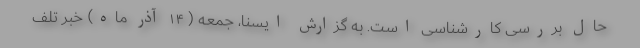
حال بررسی کارشناسی است. به گزارش ایسنا، جمعه ( ۱۴ آذر ماه) خبر تلف